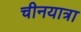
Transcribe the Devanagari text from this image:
चीनयात्रा